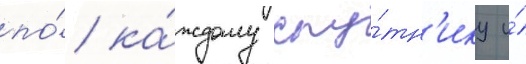
по́ ка́ждому спу́тн'ику и́